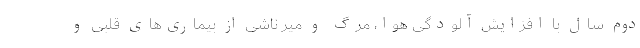
دوم سال با افزایش آلودگی هوا، مرگ و میر ناشی از بیماری‌های قلبی و